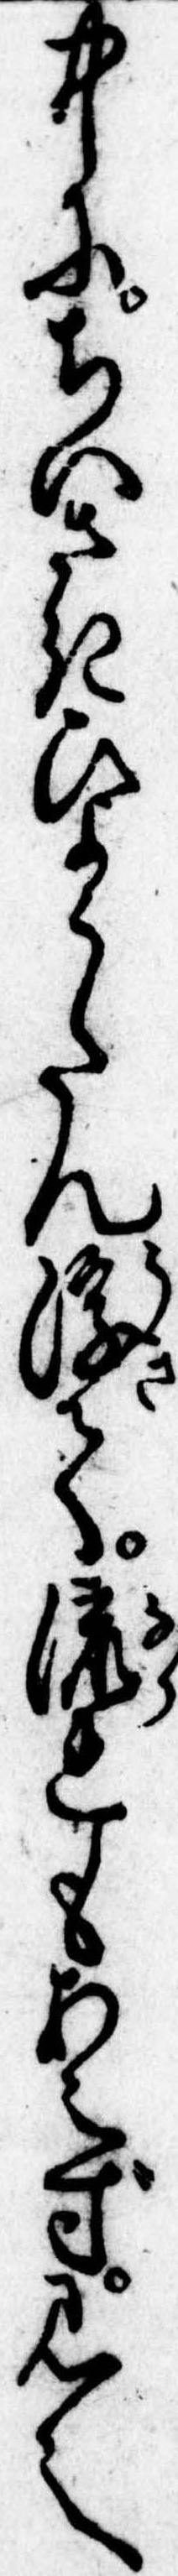
中にちいさきひようたん浮て流れもあえず見え